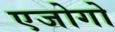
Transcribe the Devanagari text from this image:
एजोगो